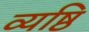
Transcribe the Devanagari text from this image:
व्यष्ठि